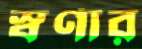
স্বর্ণার